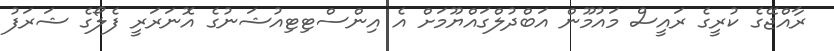
ރާއްޖޭގެ ކުރީގެ ރައީސް މައުމޫން އަބްދުލްގައްޔޫމަށް އެ އިންސްޓިޓިއުޝަނުގެ އޮނަރަރީ ފެލޯގެ ޝަރަފު